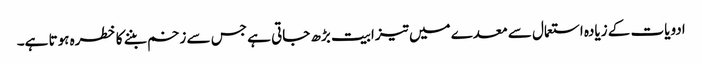
ادویات کے زیادہ استعمال سے معدے میں تیزابیت بڑھ جاتی ہے جس سے زخم بننے کا خطرہ ہوتا ہے۔